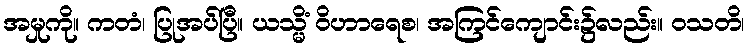
အမှုကို။ ကတံ၊ ပြုအပ်ပြီ။ ယသ္မိံ ဝိဟာရေစ၊ အကြင်ကျောင်း၌လည်း။ ဝသတိ၊